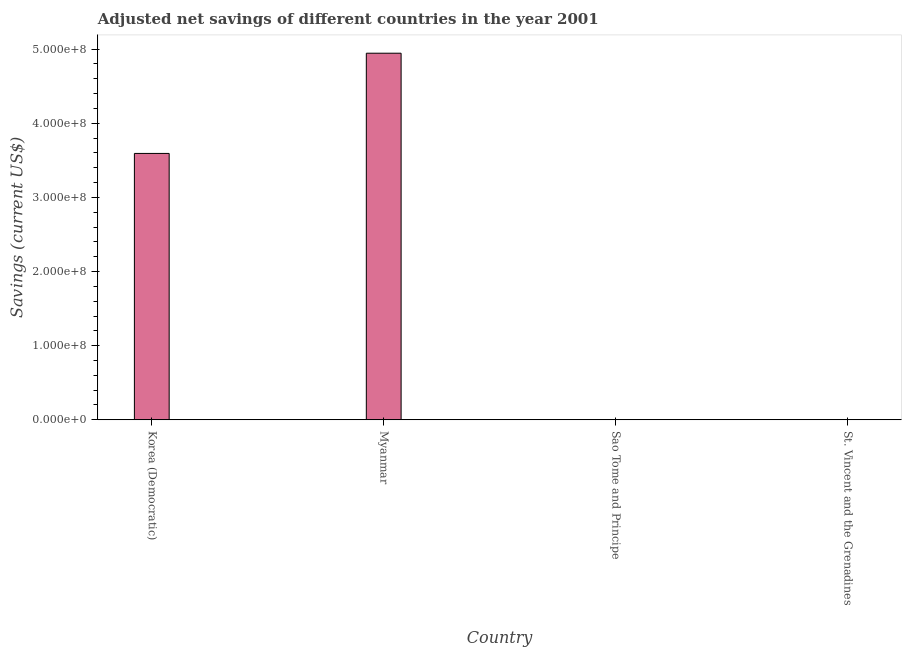
| Country | Adjusted savings: particulate emission damage (current US$) |
 | --- | --- |
 | Korea (Democratic) | 3.59e+08 |
 | Myanmar | 4.95e+08 |
 | Sao Tome and Principe | 5.13e+03 |
 | St. Vincent and the Grenadines | 1.3e+05 |